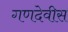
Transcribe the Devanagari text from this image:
गणदेवीस